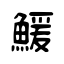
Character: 鰀